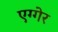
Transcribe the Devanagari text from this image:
एग्गेर